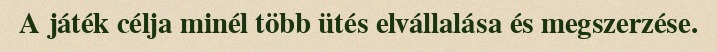
A játék célja minél több ütés elvállalása és megszerzése.